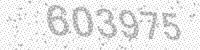
Solution: 603975